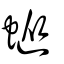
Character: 䗥